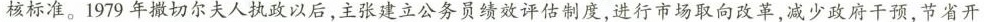
核标准。1979年撒切尔夫人执政以后，主张建立公务员绩效评估制度，进行市场取向改革，减少政府干预，节省开